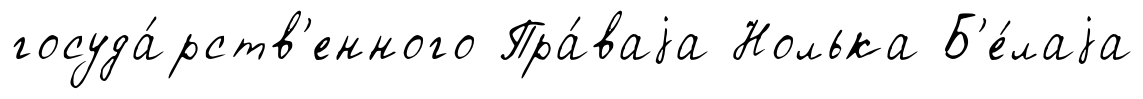
госуда́рств'енного Пра́ваjа Нолька Б'е́лаjа